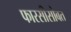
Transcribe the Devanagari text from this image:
फारसीसोबत